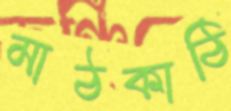
মাঠকাঠি